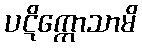
ပဋိက္ကောသာမိ